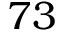
7 3